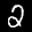
Label: 2